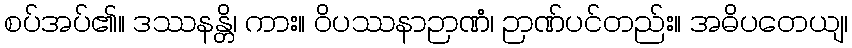
စပ်အပ်၏။ ဒဿနန္တိ၊ ကား။ ဝိပဿနာဉာဏံ၊ ဉာဏ်ပင်တည်း။ အဓိပတေယျ၊